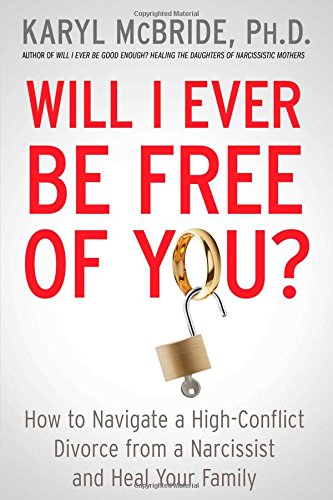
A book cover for Will I Ever Be Free of You?: How to Navigate a High-Conflict Divorce from a Narcissist and Heal Your Family; Dr. Karyl McBride Ph.D.; Parenting & Relationships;